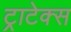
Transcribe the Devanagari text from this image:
ट्राटेक्स